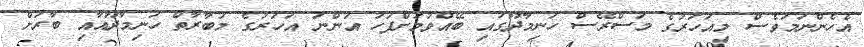
އެހެންނަމަވެސް މިއަހަރުގެ މަސްރޭސް ހަނިމާދޫގައި ބޭއްވުމަށްފަހު އަންނަ އަހަރުގެ މުބާރާތް ހަނިމާދޫއާއި ބާރަށް